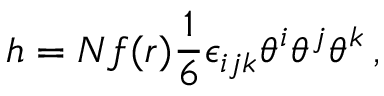
h = N f ( r ) \frac { 1 } { 6 } \epsilon _ { i j k } \theta ^ { i } \theta ^ { j } \theta ^ { k } \, ,